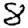
Digit: 8